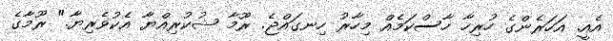
އެއީ. އަހަރެންގެ ހުރިހާ ހާސްކަމެއް މިހާރު ހިނގައްޖެ. ރޫމާ ޝުކުރިއްޔާ އެކުވެރިޔާ." ރޫމާގެ